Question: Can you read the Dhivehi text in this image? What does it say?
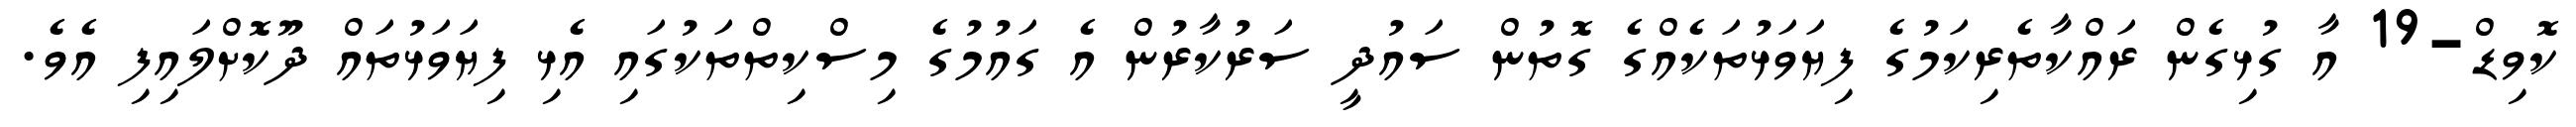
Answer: ކޮވިޑް-19 އާ ގުޅިގެން ރައްކާތެރިކަމުގެ ފިޔަވަޅުތަކެއްގެ ގޮތުން ސައުދީ ސަރުކާރުން އެ ގައުމުގެ މިސްކިތްތަކުގައި އެޅި ފިޔަވަޅުތައް ދޫކޮށްލައިފި އެވެ.